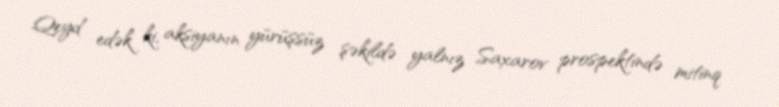
Qeyd edək ki, aksiyanın yürüşsüz şəkildə yalnız Saxarov prospektində mitinq